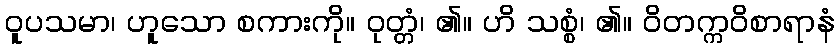
ဝူပသမာ၊ ဟူသော စကားကို။ ဝုတ္တံ၊ ၏။ ဟိ သစ္စံ၊ ၏။ ဝိတက္ကဝိစာရာနံ